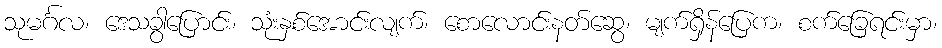
သုမင်္ဂလ၊ ဒေသခွါပြောင်း၊ သုံးနှစ်အောင်းလျက်၊ စောလောင်းနတ်ဆွေ၊ မျက်ရှိန်ပြေက၊ စက်ခြေရင်းမှာ၊